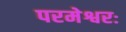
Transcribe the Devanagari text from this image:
परमेश्वरः